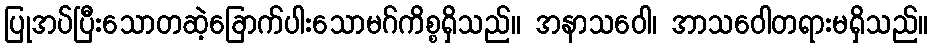
ပြုအပ်ပြီးသောတဆဲ့ခြောက်ပါးသောမဂ်ကိစ္စရှိသည်။ အနာသဝေါ၊ အာသဝေါတရားမရှိသည်။